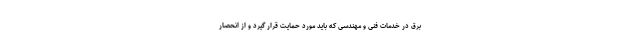
برق در خدمات فنی و مهندسی که باید مورد حمایت قرار گیرد و از انحصار